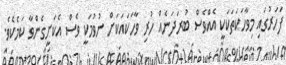
ފަހަރުގައި މިވާހަކަތަކަކީ އެއްވެސް ބުރަދަނެއް ހުރި ވާހަކައަކަށް ނުވުމަކީ ވެސް އެކަށީގެންވާ ކަމެކެވެ.